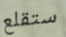
ستقلع